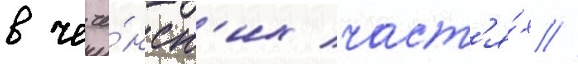
в чече́нск'их част'я́х //